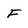
Character: f